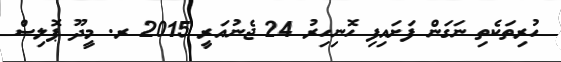
ހުރިތަކެތި ނަގަން ފަށައިފި ހޮނިހިރު 24 ޖެނުއަރީ 2015 ރ. މީދޫ ޕޮލިސް